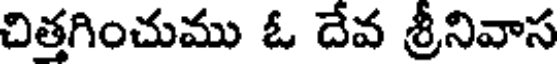
చిత్తగించుము ఓ దేవ శ్రీనివాస